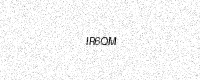
Text: IR6QM